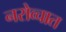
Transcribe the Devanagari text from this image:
नरोव्चात